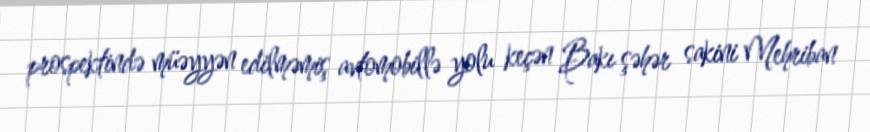
prospektində müəyyən edilməmiş avtomobillə yolu keçən Bakı şəhər sakini Mehriban